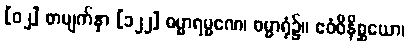
[၀၂] စာမျက်နှာ [၁၂၂] ဓမ္မာရမ္မဏေ၊ ဓမ္မာရုံ၌။ ဧဝံဝိနိစ္ဆယော၊